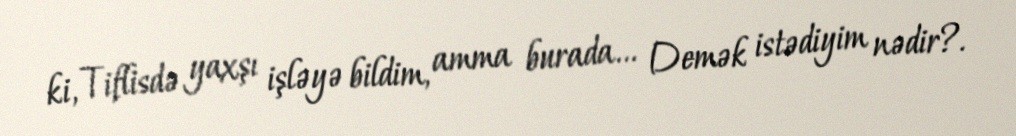
ki, Tiflisdə yaxşı işləyə bildim, amma burada... Demək istədiyim nədir?.